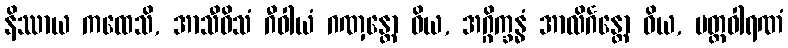
နိဿာယ ကထေသိ, အာသီဝိသံ ဂီဝါယံ ဂဏှန္တော ဝိယ, အဂ္ဂိက္ခန္ဓံ အာလိင်္ဂန္တော ဝိယ, မတ္တဝါရဏံ